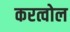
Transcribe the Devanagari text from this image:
करत्वोल